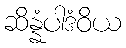
ဆိန္နံပါဒံဝိယ